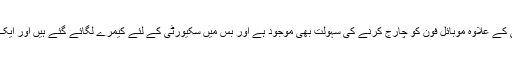
انہوں نے بتایا کہ ہر بس پر وائی فائی کے علاوہ موبائل فون کو چارج کرنے کی سہولت بھی موجود ہے اور بس میں سکیورٹی کے لئے کیمرے لگائے گئے ہیں اور ایک مسلح محافظ بھی تعینات کیا گیا ہے۔